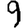
Digit: 9